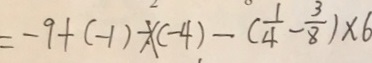
= - 9 + ( - 1 ) - \times ( - 4 ) - ( \frac { 1 } { 4 } - \frac { 3 } { 8 } ) \times 6